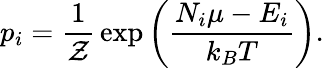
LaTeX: p_{i}={\frac{1}{\mathcal{Z}}}\exp\left({\frac{N_{i}\mu-E_{i}}{k_{B}T}}\right).